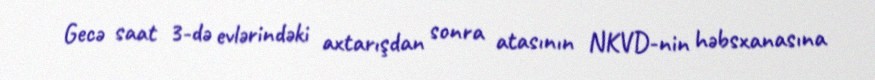
Gecə saat 3-də evlərindəki axtarışdan sonra atasının NKVD-nin həbsxanasına